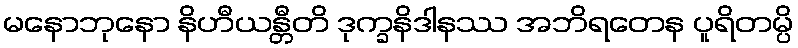
မနောဘုနော နိဟီယန္တီတိ ဒုက္ခနိဒါနဿ အဘိရတေန ပူရိတမ္ပိ